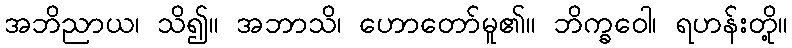
အဘိညာယ၊ သိ၍။ အဘာသိ၊ ဟောတော်မူ၏။ ဘိက္ခဝေါ၊ ရဟန်းတို့။